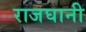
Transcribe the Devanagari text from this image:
राजघानी